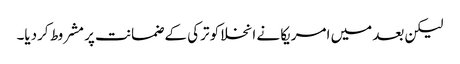
لیکن بعد میں امریکا نے انخلا کو ترکی کے ضمانت پر مشروط کردیا۔